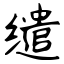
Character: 缱